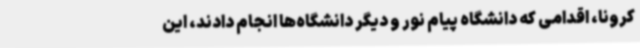
کرونا، اقدامی که دانشگاه پیام نور و دیگر دانشگاه‌ها انجام دادند، این